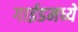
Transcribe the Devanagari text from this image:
गाईडमध्ये